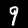
Digit: 9